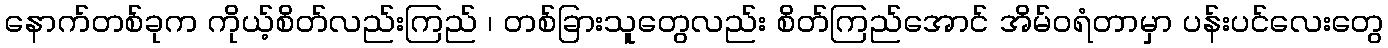
နောက်တစ်ခုက ကိုယ့်စိတ်လည်းကြည် ၊ တစ်ခြားသူတွေလည်း စိတ်ကြည်အောင် အိမ်ဝရံတာမှာ ပန်းပင်လေးတွေ